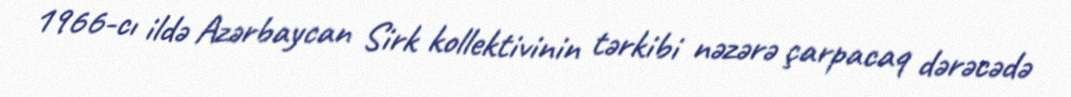
1966-cı ildə Azərbaycan Sirk kollektivinin tərkibi nəzərə çarpacaq dərəcədə